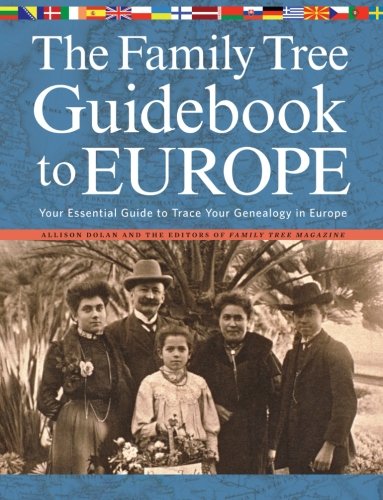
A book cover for The Family Tree Guidebook to Europe: Your Essential Guide to Trace Your Genealogy in Europe; Allison Dolan; Reference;